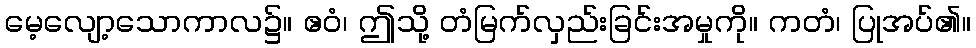
မေ့လျော့သောကာလ၌။ ဧဝံ၊ ဤသို့ တံမြက်လှည်းခြင်းအမှုကို။ ကတံ၊ ပြုအပ်၏။